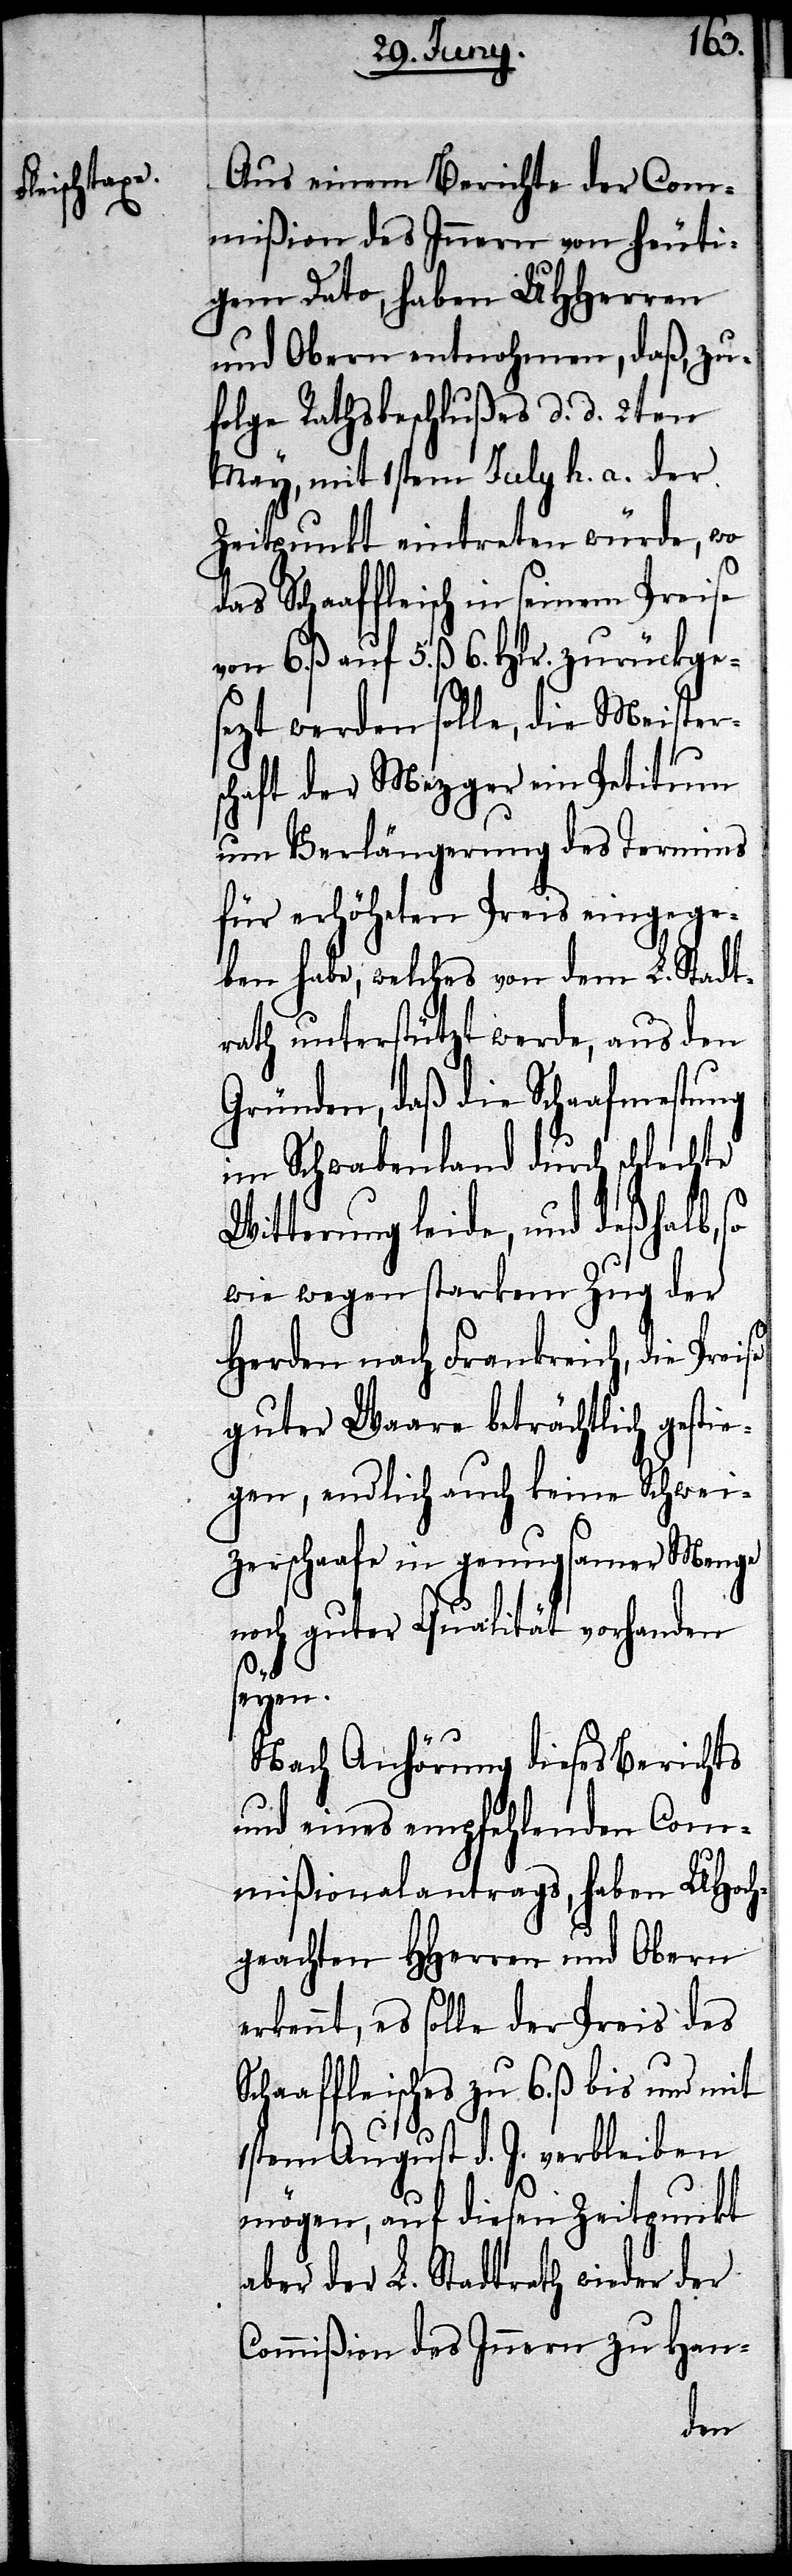
Scha¬

Aus einem Bericht der Com¬
mißion des Innern von heuti¬
gem Dato, haben UHHerren
und Obern entnohmen, daß, zu¬
folge Rathsbeschlußes d. d. 2ten
May, mit 1stem July h. a. der
Zeitpunkt eintreten würde, wo
das Schaaffleisch in seinem Preise
von 6. ß auf 5. ß. 6. Hlr. zurückges¬
ezt werden solle, die Meisters¬
chaft der Mezger ein Petitum
um Verlängerung des Termins
für erhöheten Preis eingege¬
ben habe, welches von dem L. Stadt¬
rath unterstützt werde, aus den
Gründen, daß die Schaafmestung
im Schwabenland durch schlechte
Witterung leide, und deßhalb, so
wie wegen starkem Zug der
Herden nach Frankreich, die Preise
guter Waare beträchtlich gesti¬
egen, endlich auch keine Schwei¬
zerschaafe in genugsamer Menge
noch guter Qualität vorhanden
seyen.
Nach Anhörung dieses Berichts
und eines empfehlenden Com¬
mißionalantrags, haben UHoch¬
geachten HHerren und Obern
erkennt, es solle der Preis des
affleisches zu 6. ß bis und mit
1sten August d. J. verbleiben
mögen, auf diesen Zeitpunkt
aber der L. Stadtrath wieder der
Commißion des Innern zu Han-